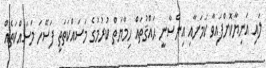
ލައި އަނިޔާކޮށްފައިވާ ކަމަށާއި އިންސާނީ ޙައްޤުތައް ހިމާޔަތް ކުރުމުގެ މަސައްކަތަތީ ފަސޭހަ މަސައްކަތެއް